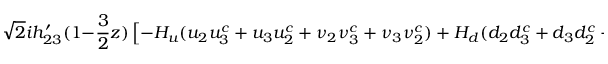
\sqrt { 2 } i h _ { 2 3 } ^ { \prime } ( 1 - { \frac { 3 } { 2 } } z ) \left[ - H _ { u } ( u _ { 2 } u _ { 3 } ^ { c } + u _ { 3 } u _ { 2 } ^ { c } + \nu _ { 2 } \nu _ { 3 } ^ { c } + \nu _ { 3 } \nu _ { 2 } ^ { c } ) + H _ { d } ( d _ { 2 } d _ { 3 } ^ { c } + d _ { 3 } d _ { 2 } ^ { c } + e _ { 2 } e _ { 3 } ^ { c } + e _ { 3 } e _ { 2 } ^ { c } ) \right] ~ .